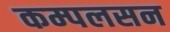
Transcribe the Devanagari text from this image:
कम्पलसन